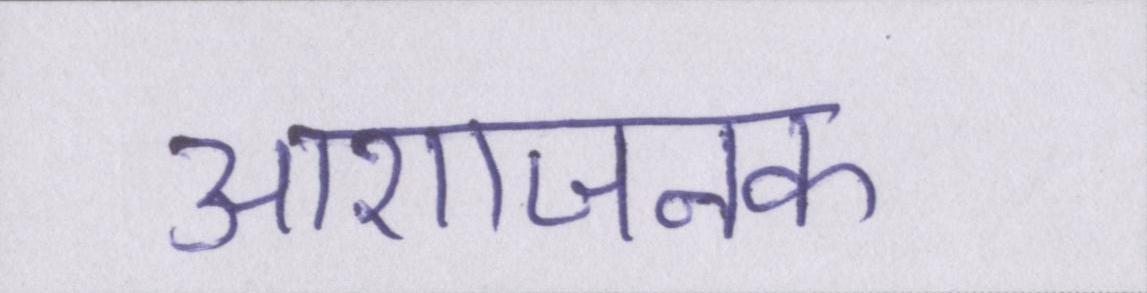
आशाजनक